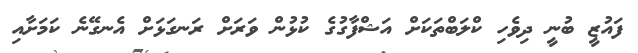
ފައުޒީ ބުނީ ދިވެހި ކްލަބްތަކަށް އަޝްފާގުގެ ކުޅުން ވަރަށް ރަނގަޅަށް އެނގޭނެ ކަމަށާއި